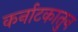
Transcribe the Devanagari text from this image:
कर्नाटकातुन